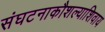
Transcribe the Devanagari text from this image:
संघटनाकौशल्याशिवाय